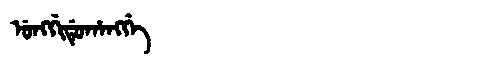
Manchu: ᡠᠩᡤᡳᡩᡠᡥᠠᠩᡤᡝ
Romanization: UNGGIDUHANGGE